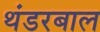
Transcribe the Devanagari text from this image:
थंडरबाल